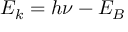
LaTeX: E _ { k } = h \nu - E _ { B }